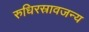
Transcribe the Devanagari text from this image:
रुधिरस्रावजन्य